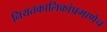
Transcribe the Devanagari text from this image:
नियतकालिकांप्रमाणेच